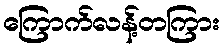
ကြောက်လန့်တကြား